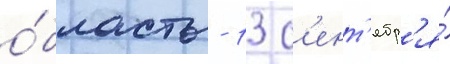
о́бласть - 13 с'ент'ябр'я́